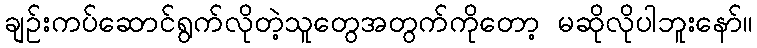
ချဉ်းကပ်ဆောင်ရွက်လိုတဲ့သူတွေအတွက်ကိုတော့ မဆိုလိုပါဘူးနော်။